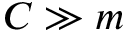
C \gg m